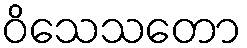
ဝိသေသတော